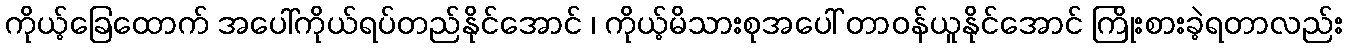
ကိုယ့်ခြေထောက် အပေါ်ကိုယ်ရပ်တည်နိုင်အောင် ၊ ကိုယ့်မိသားစုအပေါ် တာဝန်ယူနိုင်အောင် ကြိုးစားခဲ့ရတာလည်း